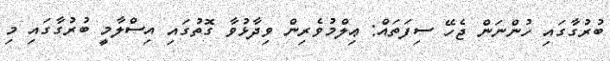
ބުރުގާގައި ހުންނަން ޖެހޭ ސިފަތައް: ޢިލްމުވެރިން ވިދާޅުވާ ގޮތުގައި އިސްލާމީ ބުރުގާގައި މި